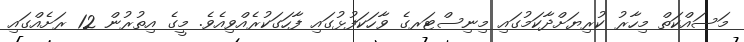
މަސައްކަތް މިހާރު ކުރިޔަށްދާކަމުގައި މިނިސްޓަރގެ ވާހަކަފުޅުގައި ފާހަގަކުރެއްވިއެވެ. މީގެ އިތުރުން 12 ރަށެއްގައި